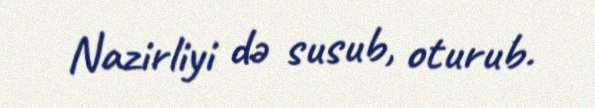
Nazirliyi də susub, oturub.